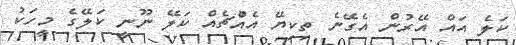
ކަލެ އައް އޭރުން އެގޭނެ ތިކިޔޭ އެއްުޗެއް ކަލޭ ނޫނީ ކަލޭގެ މީހަކު